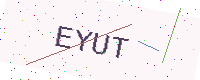
Text: EYUT